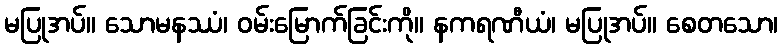
မပြုအပ်။ သောမနဿံ၊ ဝမ်းမြောက်ခြင်းကို။ နကရဏီယံ၊ မပြုအပ်။ စေတသော၊